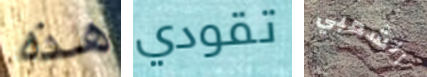
هذه تقودي الشعبي